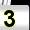
Digit: 3